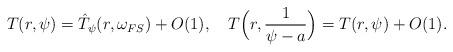
LaTeX: \begin{align*} T(r,\psi)=\hat{T}_\psi(r,\omega_{FS})+O(1), \ \ \ T\Big(r,\frac{1}{\psi-a}\Big)= T(r,\psi)+O(1). \end{align*}